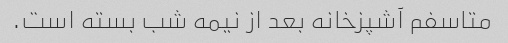
متاسفم آشپزخانه بعد از نیمه شب بسته است.